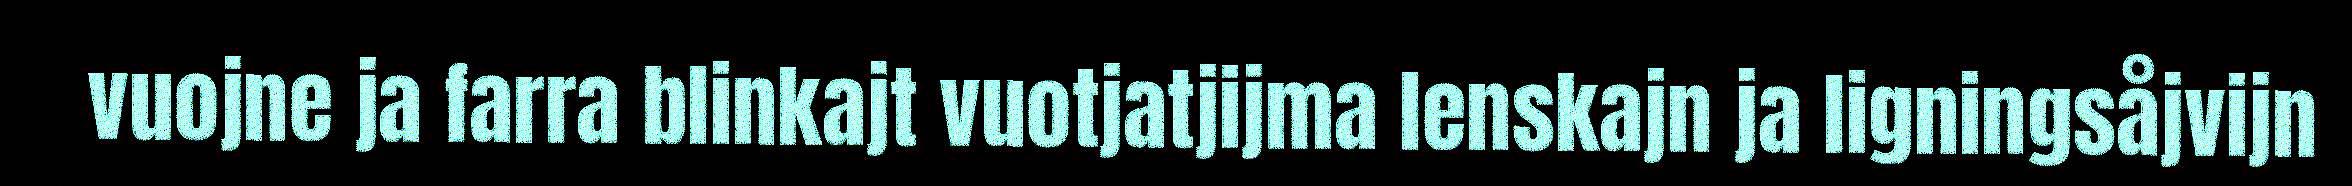
vuojne ja farra blinkajt vuotjatjijma lenskajn ja ligningsåjvijn